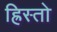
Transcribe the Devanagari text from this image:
ह्रिस्तो